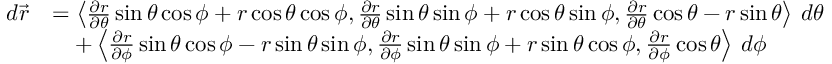
\begin{array} { r l } { d \vec { r } } & { = \left\langle \frac { \partial r } { \partial \theta } \sin \theta \cos \phi + r \cos \theta \cos \phi , \frac { \partial r } { \partial \theta } \sin \theta \sin \phi + r \cos \theta \sin \phi , \frac { \partial r } { \partial \theta } \cos \theta - r \sin \theta \right\rangle \, d \theta } \\ & { \quad + \left\langle \frac { \partial r } { \partial \phi } \sin \theta \cos \phi - r \sin \theta \sin \phi , \frac { \partial r } { \partial \phi } \sin \theta \sin \phi + r \sin \theta \cos \phi , \frac { \partial r } { \partial \phi } \cos \theta \right\rangle \, d \phi } \end{array}